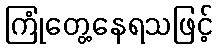
ကြုံတွေ့နေရသဖြင့်